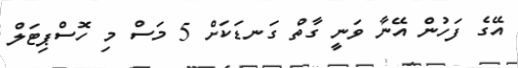
އޭގެ ފަހުން އޭނާ ވަނީ ގާތް ގަނޑަކަށް 5 މަސް މި ހޮސްޕިޓަލް